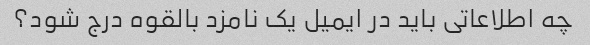
چه اطلاعاتی باید در ایمیل یک نامزد بالقوه درج شود؟